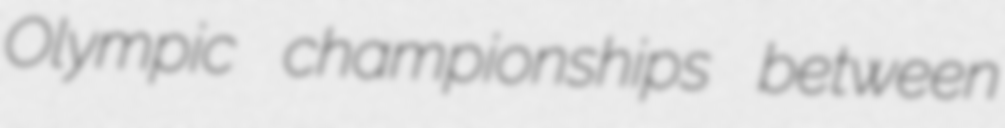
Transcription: Olympic championships between